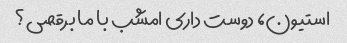
استیون، دوست داری امشب با ما برقصی؟